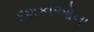
દશકાઓના